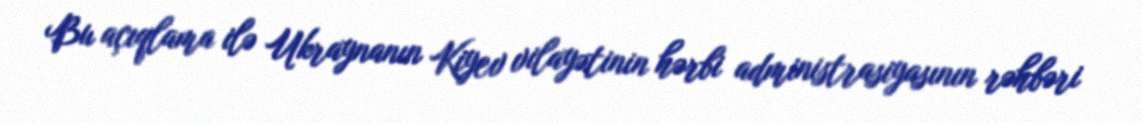
Bu açıqlama ilə Ukraynanın Kiyev vilayətinin hərbi administrasiyasının rəhbəri